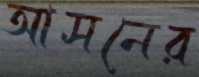
আসনের